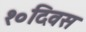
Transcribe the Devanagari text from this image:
१०दिवस